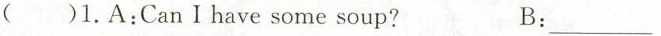
( )1.A:Can Ⅰ have some soup? B:___